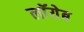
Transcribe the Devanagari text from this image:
लाॅयेब